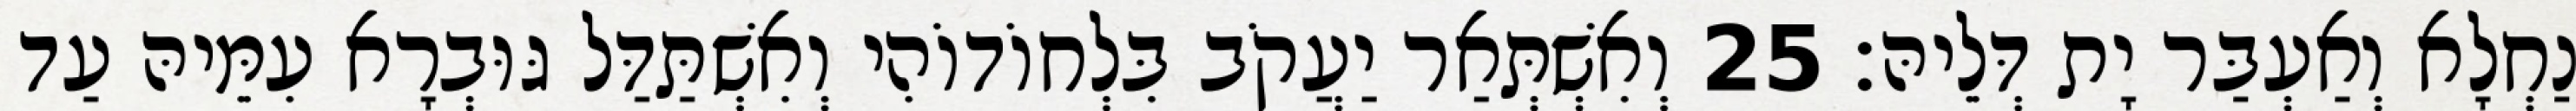
נַחְלָא וְאַעְבַּר יָת דְּלֵיהּ׃ 25 וְאִשְׁתְּאַר יַעֲקֹב בִּלְחוֹדוֹהִי וְאִשְׁתַּדַּל גּוּבְרָא עִמֵּיהּ עַד